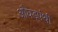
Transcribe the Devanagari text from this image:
औघड़पंथी